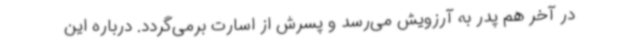
در آخر هم پدر به آرزویش می‌رسد و پسرش از اسارت برمی‌گردد. درباره این